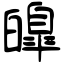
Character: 皥